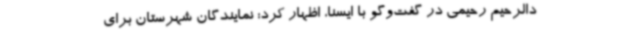
دالرحیم رحیمی در گفت‌وگو با ایسنا، اظهار کرد: نمایندگان شهرستان برای